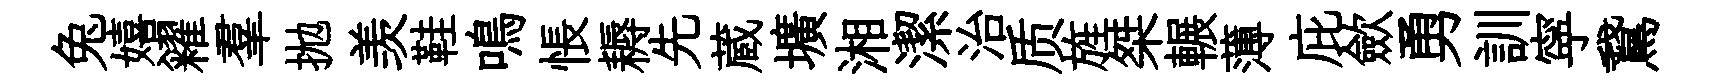
兔嬉糴羣拋羡鞋鳴悵耨先蔵壙湘潔治质旌桀輾薄庇歛勇訓寜鵞